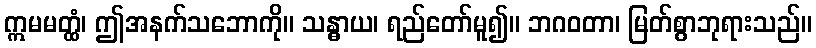
ဣမမတ္ထံ၊ ဤအနက်သဘောကို။ သန္ဓာယ၊ ရည်တော်မူ၍။ ဘဂဝတာ၊ မြတ်စွာဘုရားသည်။